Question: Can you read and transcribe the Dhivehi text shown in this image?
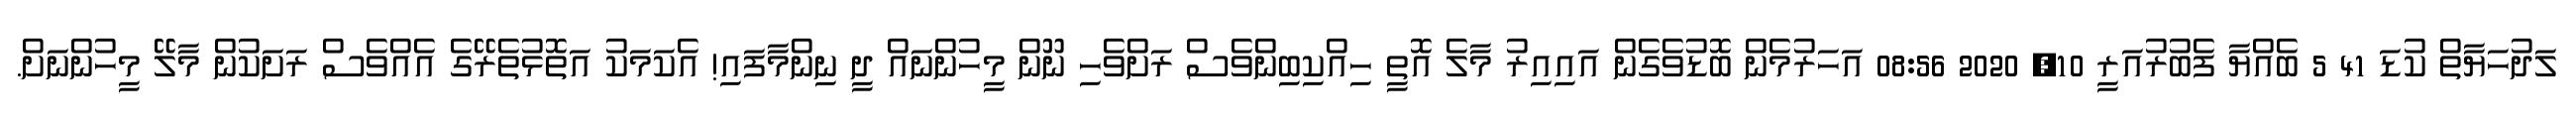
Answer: ލަދުހަޔާތް ކުޑަ 41 5 ބެއްޔާ ފެބުރުއަރީ 10, 2020 08:56 އަހަރުމެން ބޮޑުވެގެން އައިއިރު މާލެ އޮތީ ހިއްކިބިންވެސް ރަށްވެހި ނޫން މީހުންނައް ދީ ނިންމާފައި! އެކަމަކު އަތޮޅުތެރޭގެ އެއްވެސް ރަށަކުން މާލޭ މީހުންނަށް.